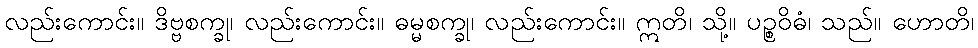
လည်းကောင်း။ ဒိဗ္ဗစက္ခု၊ လည်းကောင်း။ ဓမ္မစက္ခု၊ လည်းကောင်း။ ဣတိ၊ သို့။ ပဉ္စဝိဓံ၊ သည်။ ဟောတိ၊